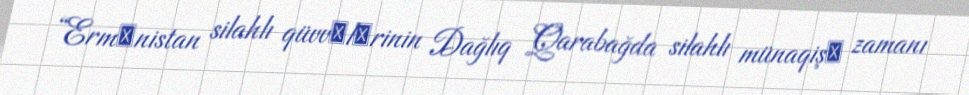
“Ermәnistan silahlı qüvvәlәrinin Dağlıq Qarabağda silahlı münaqişә zamanı